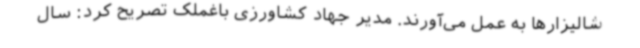
شالیزارها به عمل می‌آورند. مدیر جهاد کشاورزی باغملک تصریح کرد: سال